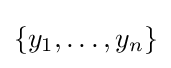
\{y_{1},\ldots ,y_{n}\}